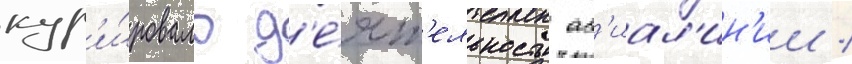
кур'и́ровало д'е́ят'ельность ав'иал'ин'ии /